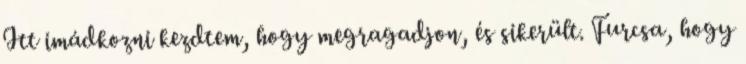
Itt imádkozni kezdtem, hogy megragadjon, és sikerült. Furcsa, hogy